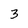
Character: 3